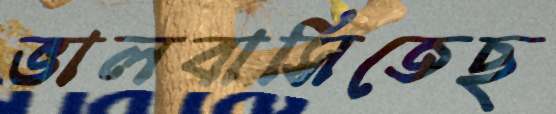
ভালবাসিতেছ